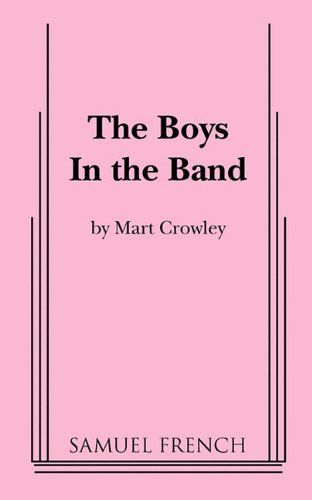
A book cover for Boys in the Band; Mart Crowley; Literature & Fiction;